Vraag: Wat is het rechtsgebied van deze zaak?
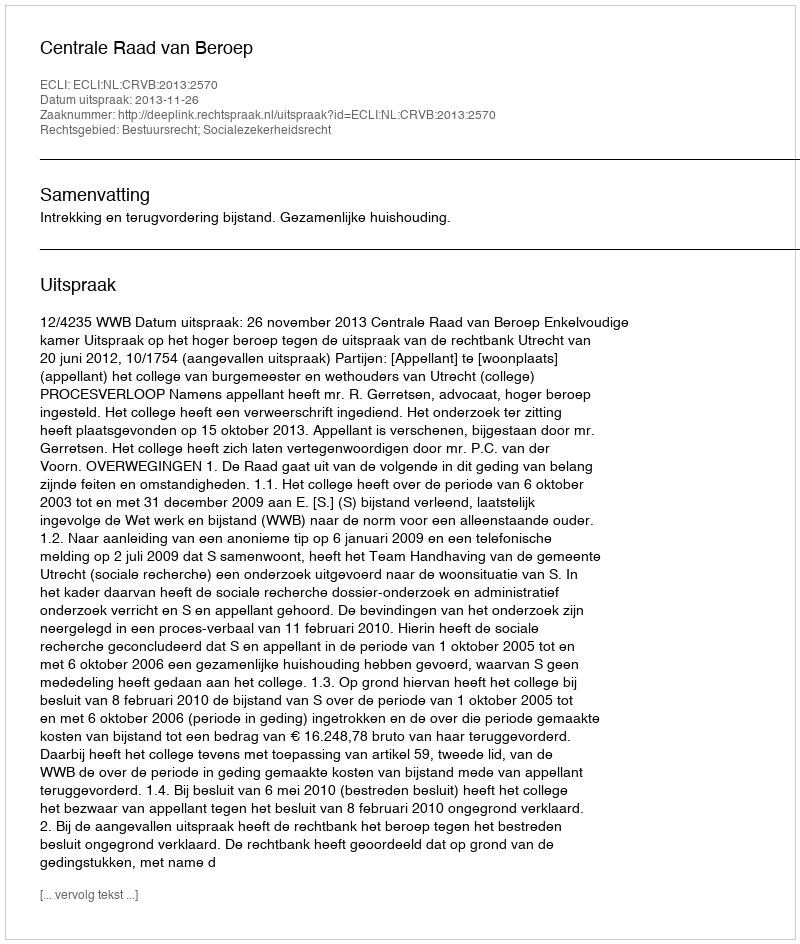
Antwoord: Bestuursrecht; Socialezekerheidsrecht